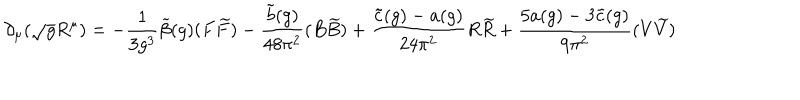
\partial _ { \mu } ( \sqrt { g } R ^ { \mu } ) = - \frac { 1 } { 3 g ^ { 3 } } \widetilde { \beta } ( g ) ( F \widetilde { F } ) - \frac { \tilde { b } ( g ) } { 4 8 \pi ^ { 2 } } ( B \widetilde { B } ) + \frac { \tilde { c } ( g ) - a ( g ) } { 2 4 \pi ^ { 2 } } R \widetilde { R } + \frac { 5 a ( g ) - 3 \tilde { c } ( g ) } { 9 \pi ^ { 2 } } ( V \widetilde { V } )